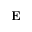
\bf { E }